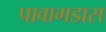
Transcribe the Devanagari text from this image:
पावागडास